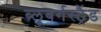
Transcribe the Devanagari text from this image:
ब्‍लूबर्गस्‍ट्रैंड